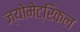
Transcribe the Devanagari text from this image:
ज्योमेट्रिकल